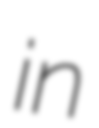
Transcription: in